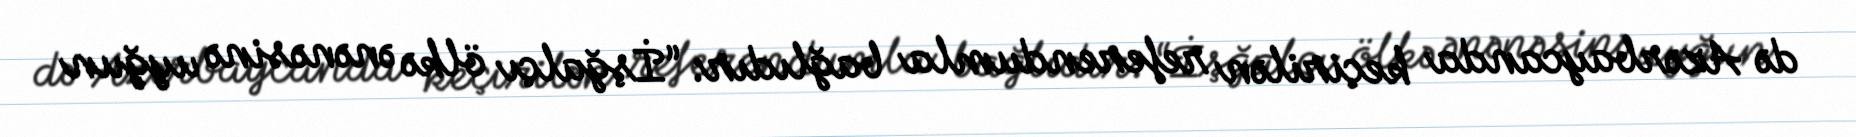
də Azərbaycanda keçirilən referendumla bağlıdır: “İşğalçı ölkə ənənəsinə uyğun